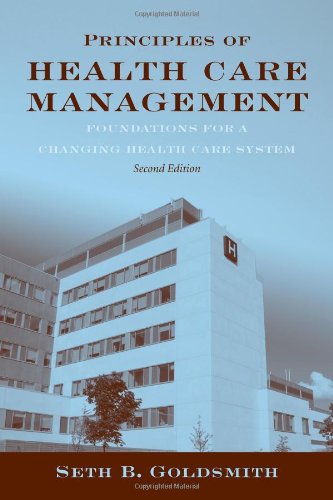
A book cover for Principles Of Health Care Management: Foundations For A Changing Health Care System; Seth B. Goldsmith; Law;